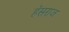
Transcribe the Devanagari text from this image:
हॅसराज